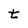
Character: t